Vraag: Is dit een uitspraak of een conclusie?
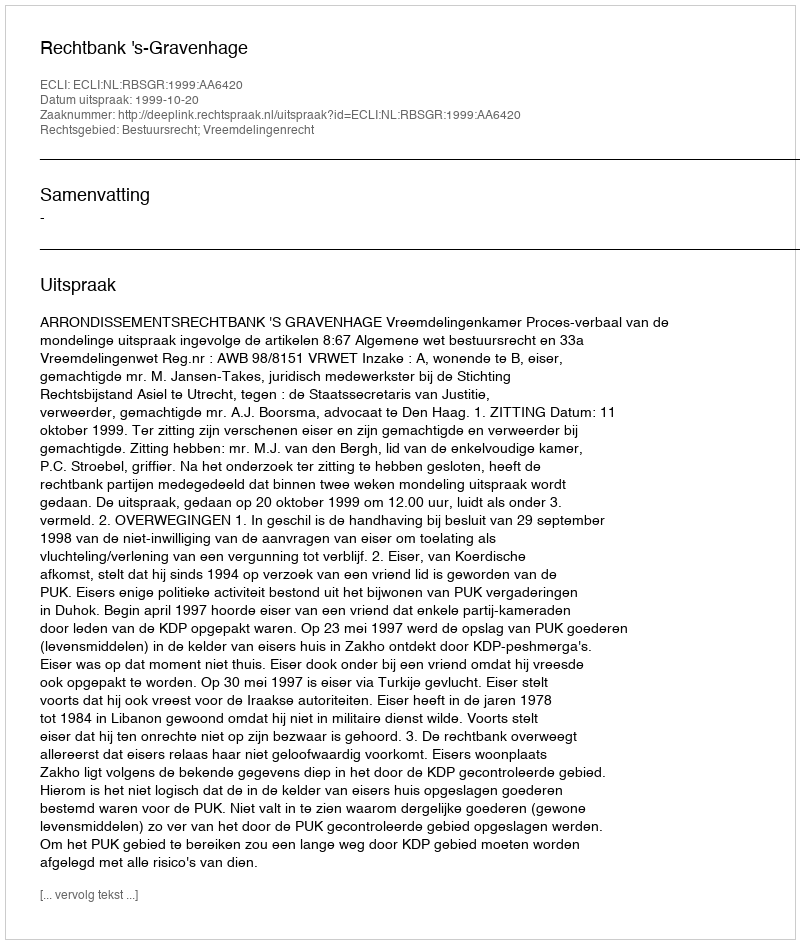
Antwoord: Uitspraak